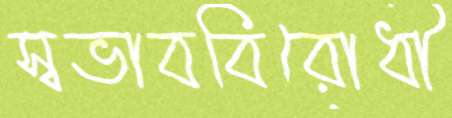
স্বভাববিরোধী